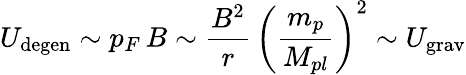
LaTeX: U_{\mathrm{degen}}\sim p_{F}\, B\sim\frac{B^{2}}{r}\, \left(\frac{m_{p}}{M_{pl}}\right)^{2}\sim U_{\mathrm{grav}}